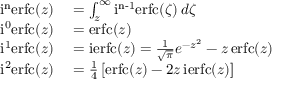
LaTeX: \begin{array} { r l } { \operatorname { i ^ { n } e r f c } ( z ) } & { { } = \int _ { z } ^ { \infty } \operatorname { i ^ { n - 1 } e r f c } ( \zeta ) \, d \zeta } \\ { \operatorname { i ^ { 0 } e r f c } ( z ) } & { { } = \operatorname { e r f c } ( z ) } \\ { \operatorname { i ^ { 1 } e r f c } ( z ) } & { { } = \operatorname { i e r f c } ( z ) = { \frac { 1 } { \sqrt { \pi } } } e ^ { - z ^ { 2 } } - z \operatorname { e r f c } ( z ) } \\ { \operatorname { i ^ { 2 } e r f c } ( z ) } & { { } = { \frac { 1 } { 4 } } \left[ \operatorname { e r f c } ( z ) - 2 z \operatorname { i e r f c } ( z ) \right] } \end{array}